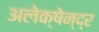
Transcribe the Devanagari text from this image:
अलेक्षेन्द्र